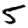
Digit: 5